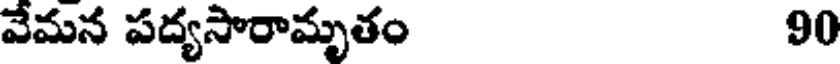
వేమన పద్యసారామృతం 90